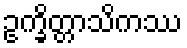
ဥက္ခိတ္တာသိကဿ